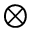
\otimes